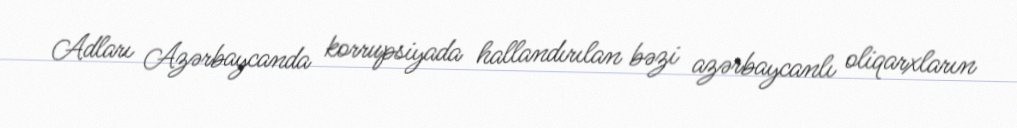
Adları Azərbaycanda korrupsiyada hallandırılan bəzi azərbaycanlı oliqarxların